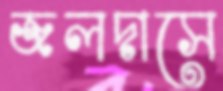
জলদাসে